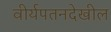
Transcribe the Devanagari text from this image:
वीर्यपतनदेखील